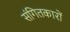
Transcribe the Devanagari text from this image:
संगितकारों